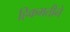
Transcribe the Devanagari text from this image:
हिकमतीने